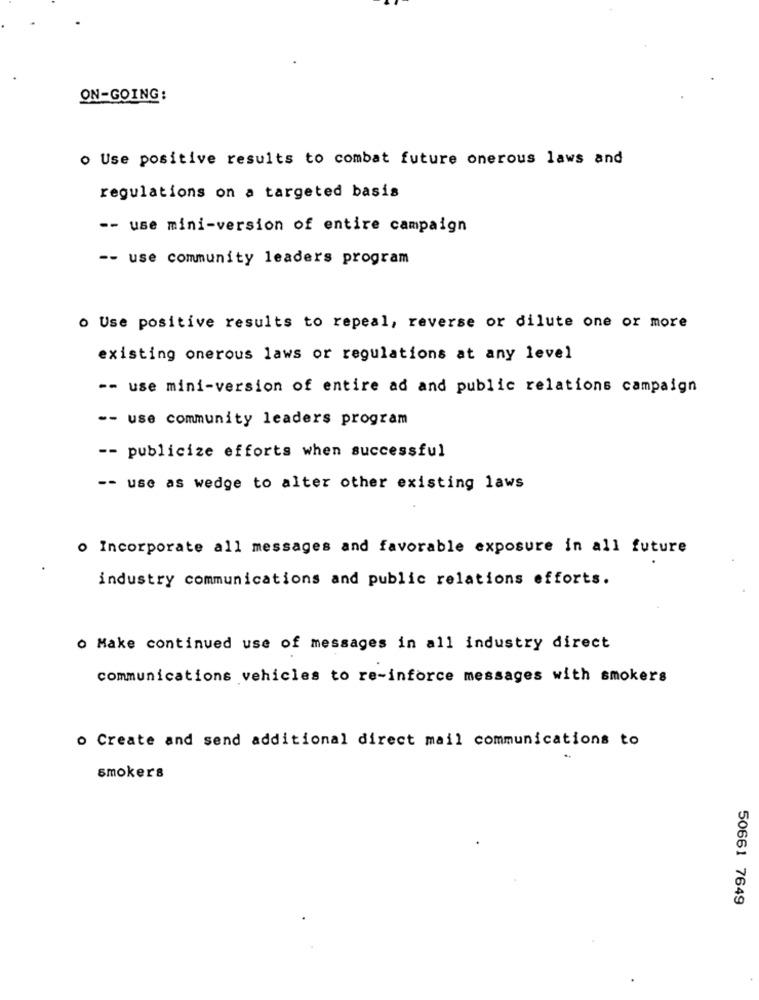
ON-GOING:
o Use positive results to combat future onerous laws and
regulations on a targeted basis
-- use mini-version of entire campaign
-- use community leaders program
o Use positive results to repeal, reverse or dilute one or more
existing onerous laws or regulations at any level
-- use mini-version of entire ad and public relations campaign
-- use community leaders program
-- publicize efforts when successful
-- use as wedge to alter other existing laws
o Incorporate all messages and favorable exposure in all future
industry communications and public relations efforts.
o Make continued use of messages in all industry direct
communications vehicles to re-inforce messages with smokers
o Create and send additional direct mail communications to
smokers
50661 7649